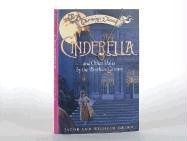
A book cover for Cinderella and Other Tales by the Brothers Grimm Book and Charm (Charming Classics); Jacob And Wilhelm Grimm; Children's Books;